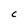
Character: C